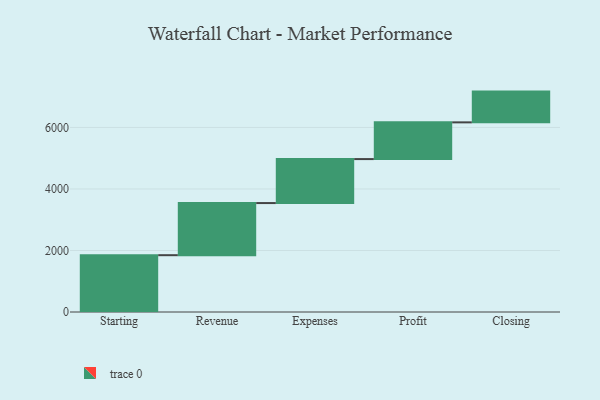
{"axis": {"x": "Step", "y": "Value"}, "legend": [""], "data": [{"x": "Starting", "y": 1847.0, "type": ""}, {"x": "Revenue", "y": 1695.0, "type": ""}, {"x": "Expenses", "y": 1430.0, "type": ""}, {"x": "Profit", "y": 1194.0, "type": ""}, {"x": "Closing", "y": 1000, "type": ""}]}